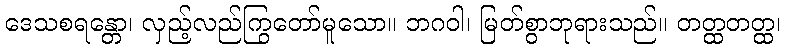
ဒေသစရန္တော၊ လှည့်လည်ကြွတော်မူသော။ ဘဂဝါ၊ မြတ်စွာဘုရားသည်။ တတ္ထတတ္ထ၊